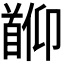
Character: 𬳖